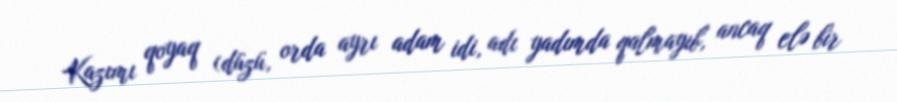
Kazımı qoyaq (düzü, orda ayrı adam idi, adı yadımda qalmayıb, ancaq elə bir